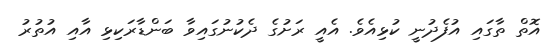
އޮތް ތާގައި އުފެދުނީ ކުޅިއެވެ. އެއީ ރަށުގެ ދެކުނުގައިވާ ބަންޑާރަކިޅި އާއި އުތުރު